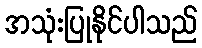
အသုံးပြုနိုင်ပါသည်